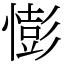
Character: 憉